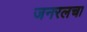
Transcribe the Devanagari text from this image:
जनरलचा